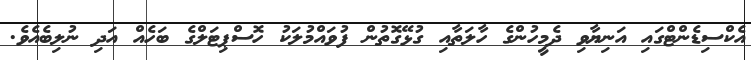
އެކްސިޑެންޓްގައި އަނިޔާވި ދެމީހުންގެ ހާލަތާއި ގުޅޭގޮތުން ފުވައްމުލަކު ހޮސްޕިޓަލްގެ ބަހެއް އަދި ނުލިބެއެވެ.